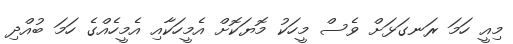
މިއީ ހަމަ ރަނގަޅަށް ވެސް މީހަކު މޮޔަކޮށް އެމީހަކާއި އެމީހެއްގެ ހަމަ ބުއްދި